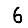
Digit: 6